Note on the mental hospitals in Burma - 1925-1940
Year: 1925
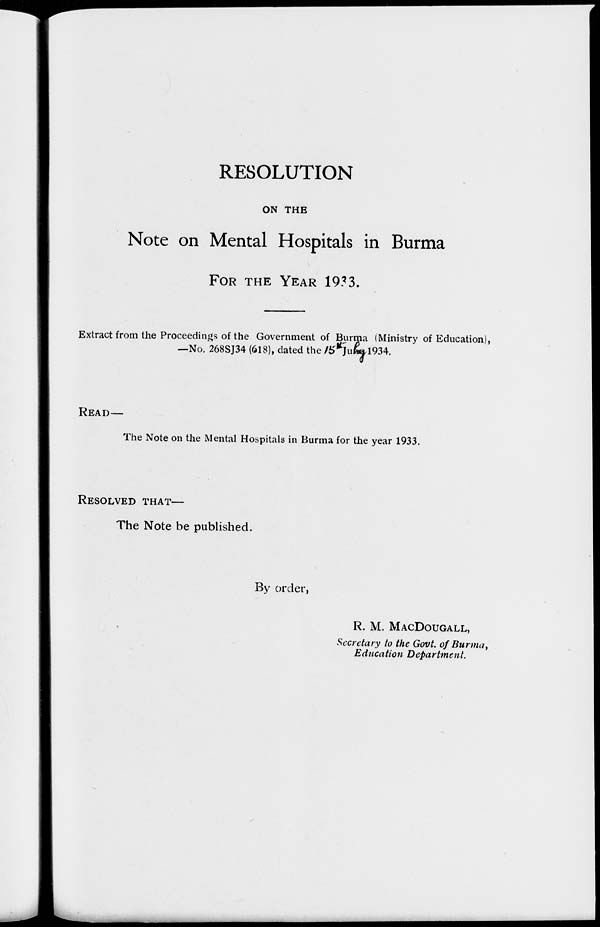
RESOLUTION
ON THE
Note on Mental Hospitals in Burma
FOR THE YEAR 1933.
Extract from the Proceedings of the Government of Burma (Ministry of Education),
—No. 268SJ34 (618), dated the 15 June 1934.
READ—
The Note on the Mental Hospitals in Burma for the year 1933.
RESOLVED THAT-
The Note be published.
By order,
R. M. MACDOUGALL,
Secretary to the Govt. of Burma,
Education Department.